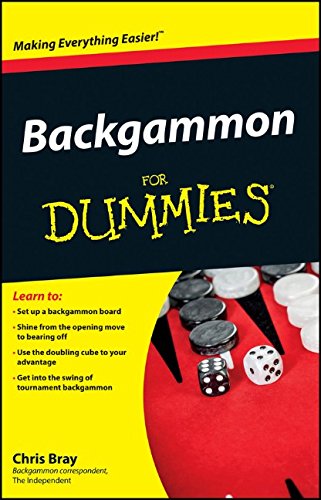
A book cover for Backgammon For Dummies; Chris Bray; Humor & Entertainment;